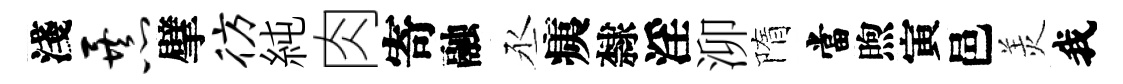
淺暴擘彷純肉寄融丞痍隸淫泖隋當煦寅邑羙我